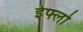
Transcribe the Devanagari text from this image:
ईफ्लो